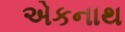
એકનાથ